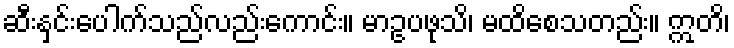
ဆီးနှင်းပေါက်သည်လည်းကောင်း။ မာဥပဖုသိ၊ မထိစေသတည်း။ ဣတိ၊